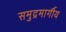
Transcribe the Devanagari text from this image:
समुद्रमार्गीय